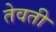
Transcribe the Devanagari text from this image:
तेवती